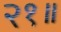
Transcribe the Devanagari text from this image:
२१॥